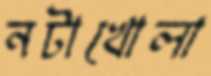
নটাখোলা